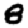
Digit: 8